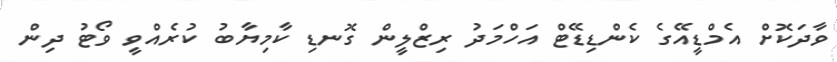
ވާދަކޮށް އެމްޑީއޭގެ ކެންޑިޑޭޓް އަހްމަދު ރިޒްލީން ގޮނޑި ކާމިޔާބު ކުރެއްވީ ވޯޓު ދިން